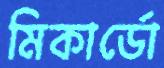
মিকার্ডো